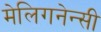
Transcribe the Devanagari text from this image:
मेलिगनेन्सी